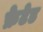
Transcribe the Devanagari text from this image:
फ्रेटेड